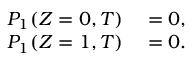
\begin{array} { r l } { P _ { 1 } ( Z = 0 , T ) } & { { } = 0 , } \\ { P _ { 1 } ( Z = 1 , T ) } & { { } = 0 . } \end{array}